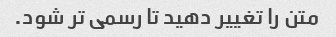
متن را تغییر دهید تا رسمی تر شود.